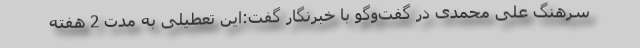
سرهنگ علی محمدی در گفت‌وگو با خبرنگار گفت:این تعطیلی به مدت 2 هفته